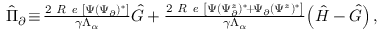
\begin{array} { r } { \hat { \Pi } _ { \partial } \! \equiv \! \frac { 2 \textit { R e } \left[ \Psi ( { \Psi } _ { \partial } ) ^ { * } \right] } { \gamma \Lambda _ { \alpha } } \hat { G } + \frac { 2 \textit { R e } \left[ \Psi ( \Psi _ { \partial } ^ { z } ) ^ { * } \! + \! \Psi _ { \partial } ( \Psi ^ { z } ) ^ { * } \right] } { \gamma \Lambda _ { \alpha } } \! \left( \hat { H } - \hat { G } \right) , } \end{array}